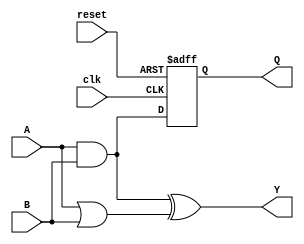
module CPLD (
    input wire clk,                    // Clock input
    input wire reset,                  // Reset input
    input wire [3:0] A,                // 4-bit input for logic operation
    input wire [3:0] B,                // 4-bit input for logic operation
    output wire [3:0] Y,               // 4-bit output for results
    output reg [3:0] Q                 // 4-bit output from flip-flop
);
    
    // Internal wires for combinational logic block
    wire [3:0] comb_logic_out1;
    wire [3:0] comb_logic_out2;

    // Logic Block 1: Combinational logic using LUT (4-input AND)
    assign comb_logic_out1 = A & B;   // AND operation

    // Logic Block 2: Additional combinational logic using LUT (4-input OR)
    assign comb_logic_out2 = A | B;   // OR operation

    // Output logic combining the results from both Logic Blocks
    assign Y = comb_logic_out1 ^ comb_logic_out2; // XOR of both outputs

    // Sequential Logic: Flip-flop storing the output of Logic Block 1
    always @(posedge clk or posedge reset) begin
        if (reset) begin
            Q <= 4'b0000;                // Reset the flip-flop output to 0
        end else begin
            Q <= comb_logic_out1;       // Store result of Logic Block 1
        end
    end

endmodule